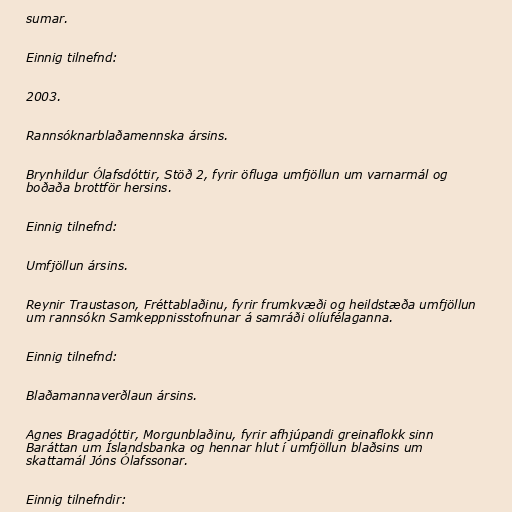
sumar.

Einnig tilnefnd:

2003.

Rannsóknarblaðamennska ársins.

Brynhildur Ólafsdóttir, Stöð 2, fyrir öfluga umfjöllun um varnarmál og
boðaða brottför hersins.

Einnig tilnefnd:

Umfjöllun ársins.

Reynir Traustason, Fréttablaðinu, fyrir frumkvæði og heildstæða umfjöllun
um rannsókn Samkeppnisstofnunar á samráði olíufélaganna.

Einnig tilnefnd:

Blaðamannaverðlaun ársins.

Agnes Bragadóttir, Morgunblaðinu, fyrir afhjúpandi greinaflokk sinn
Baráttan um Íslandsbanka og hennar hlut í umfjöllun blaðsins um
skattamál Jóns Ólafssonar.

Einnig tilnefndir: